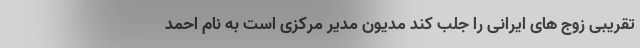
تقریبی زوج های ایرانی را جلب کند مدیون مدیر مرکزی است به نام احمد